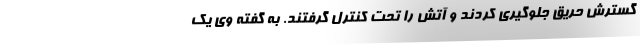
گسترش حریق جلوگیری کردند و آتش را تحت کنترل گرفتند. به گفته وی یک